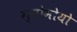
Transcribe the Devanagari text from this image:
ग्योमोयो